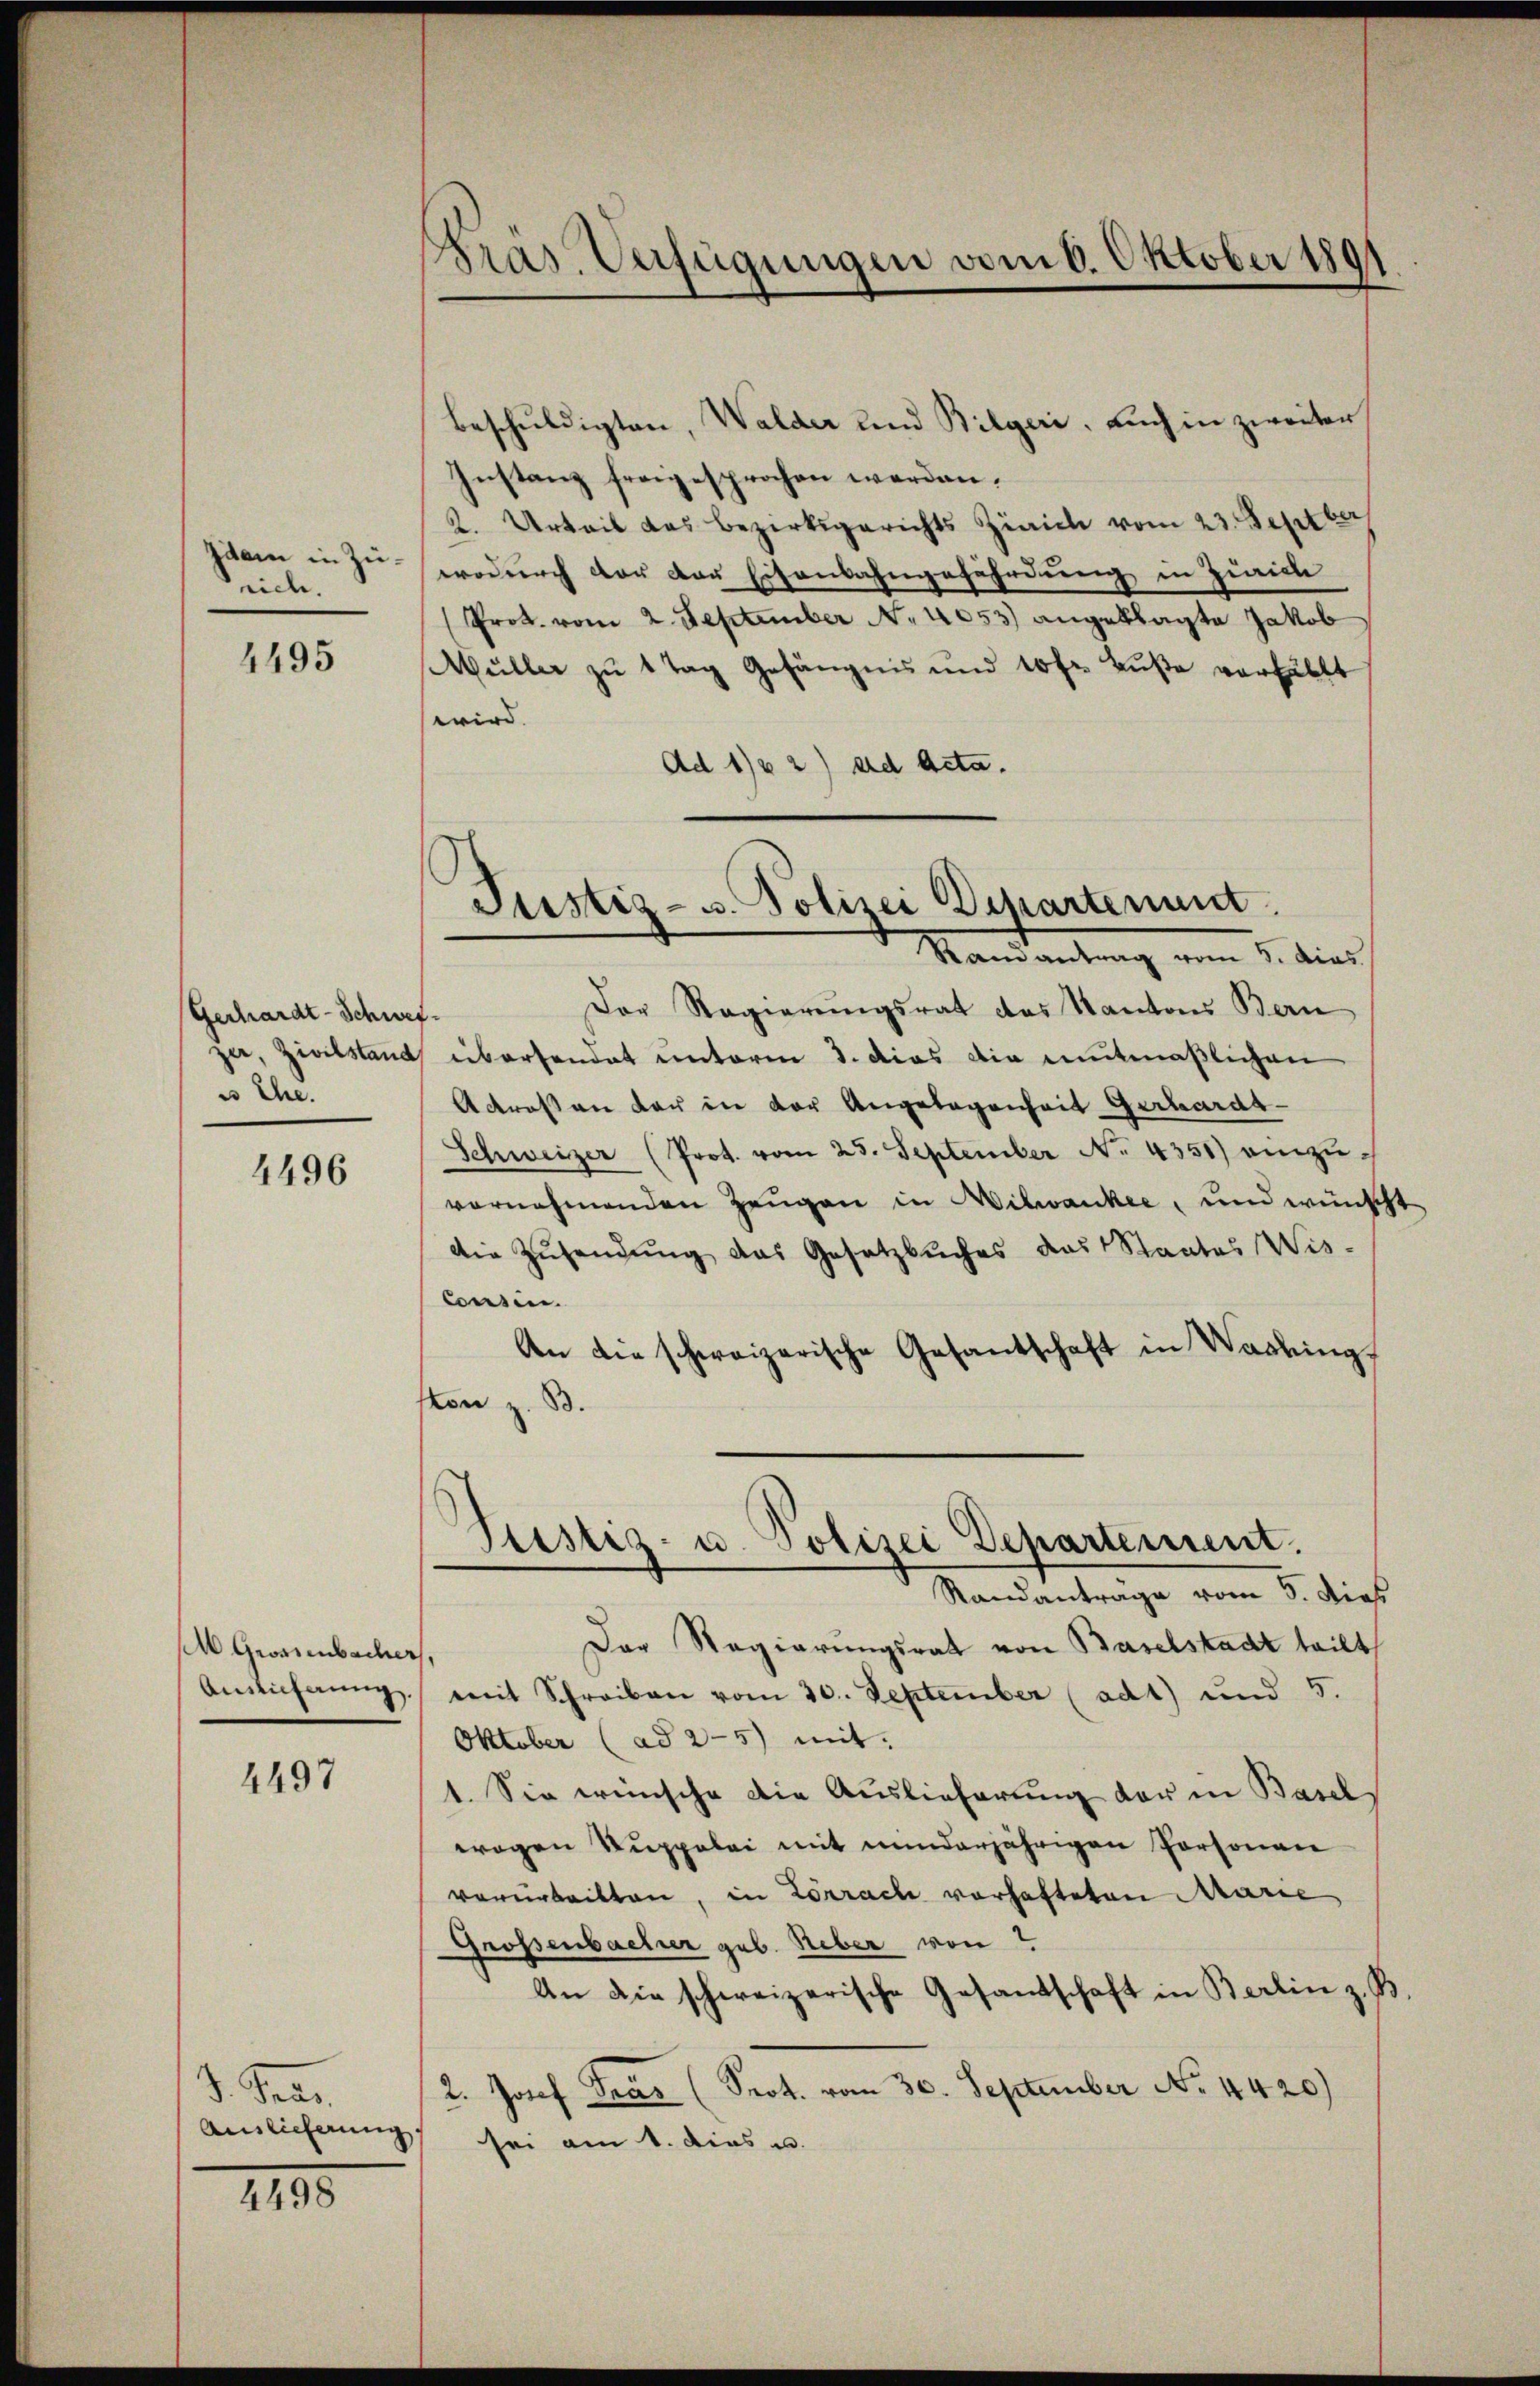
Idam in Zürich.

4495

Gechardt-Schwes
zer, Zivilstand
es Ehe.

4496

Grossenbacher
Auslicherung.

4497

d. Pace.
Auslieferung

4498

Pras. Verfügungen vom 6. Oktober 180

.
Justiz- u. Polizei Departement
Randantrag vom 5. dies

Justiz- u. Polizei Departement.
Randantrage vom 5. dies

Beschuldigten, Walder und Bilgeri, auch in zweiter
Instanz freigesprochen werden.
2. Arteil das Bezirksgerichts Zürich vom 23. Septber
wodurch der der Eisenbahngefährdung in Zürich
Prot. vom 2. September No. 4053) angeklagte Jakob
Müller zŭ 1 Tag Gefängnis und 10 fr. Bŭβe verhält
wird. |
Ad 1) 2) ad Acta.

Der Regierungsrat das Kantons Bern
p
eibersendet unterm 3. das die entmaßlichen
Adressen der in der Angelegenheit Gerhardt-
Schweizer (Prot. vom 25. September No. 4351) einzuvornehmenden Zeugen in Wilwankee, und wünscht
Die Zusendung das Gesetzbuches das Staates Wis-
Consin.
An die schweizerische Gesantschaft in Washing.
von z. B.
Der Regierungsrath von Baselstadt teilt
mit Schreiben vom 30. September (ad1) und 5.
Oktober (ad 2-5) mit.
1. Sie wünsche die Auslieferung der in Basel,
wogen Suppelei mit minderjährigen Personen
vorarbeitten, in Lörrach vorhafteten Marie
Grossenbacher geb. Heber von
An die schweizerische Gesandtschaft in Berlin z. B.
2. Josef Gras (Prot. vom 30. September No. 4420)
sei am 1. dies u.